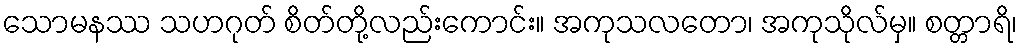
သောမနဿ သဟဂုတ် စိတ်တို့လည်းကောင်း။ အကုသလတော၊ အကုသိုလ်မှ။ စတ္တာရိ၊